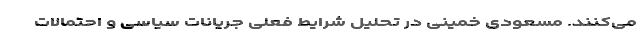
می‌کنند. مسعودی خمینی در تحلیل شرایط فعلی جریانات سیاسی و احتمالات